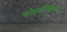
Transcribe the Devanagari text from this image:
फॉस्फोरोथिओट